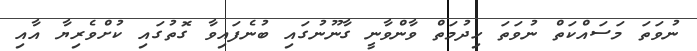
ނުވަތަ މަސައްކަތް ނުވަތަ ހިދުމަތް ވާންވާނީ ގާނޫނުގައި ބުނެފައިވާ ގޮތުގައި ކުށްވެރިޔާ އާއި